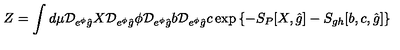
Z = \int d \mu { \cal D } _ { e ^ { \phi } \hat { g } } X { \cal D } _ { e ^ { \phi } \hat { g } } \phi { \cal D } _ { e ^ { \phi } \hat { g } } b { \cal D } _ { e ^ { \phi } \hat { g } } c \exp { \left\{ - S _ { P } [ X , \hat { g } ] - S _ { g h } [ b , c , \hat { g } ] \right\} }